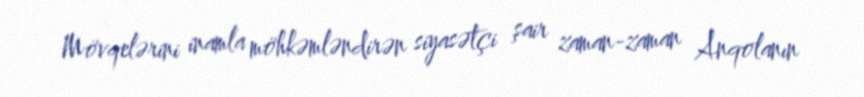
Mövqelərini inamla möhkəmləndirən siyasətçi şair zaman-zaman Anqolanın